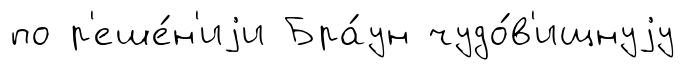
по р'еше́н'иjи Бра́ун чудо́в'ищнуjу